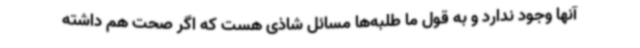
آنها وجود ندارد و به قول ما طلبه‌ها مسائل شاذی هست که اگر صحت هم داشته